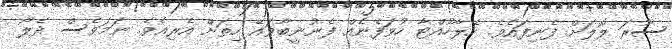
ސޫރަ ލޮލަށް ފެނިފައެވެ. ހޭލާހުއްޓާ ހުވަފެނެއް ފެނުނީބާވައޭ ހިތަށް އެރިއެވެ. ނަމަވެސް ދެލޯ